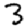
Digit: 3